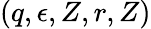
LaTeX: (q,\epsilon,Z,r,Z)